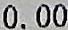
0.00